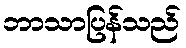
ဘာသာပြန်သည်